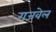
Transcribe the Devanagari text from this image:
गजवेल